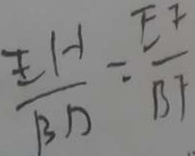
\frac { E H } { B D } = \frac { E F } { B F }